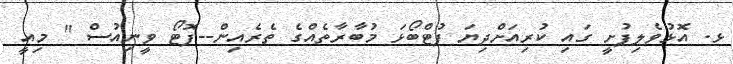
ޅ. އޮޅުވެލިފުށީ ގައި ކުރިއަށްދިޔަ ފުޓްބޯޅަ މުބާރާތެއްގެ ތެރެއިން--ފޮޓޯ ވީނިއުސް " މިއީ